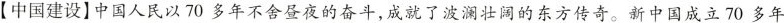
【中国建设】中国人民以70多年不舍昼夜的奋斗，成就了波澜壮阔的东方传奇。新中国成立70多年